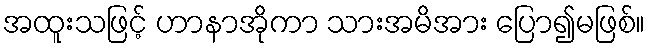
အထူးသဖြင့် ဟာနာအိုကာ သားအမိအား ပြော၍မဖြစ်။